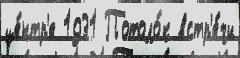
це́нтр'е 1931 Потоло́к встр'е́чи